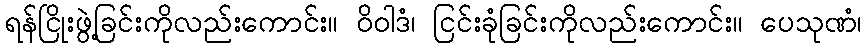
ရန်ငြိုးဖွဲ့ခြင်းကိုလည်းကောင်း။ ဝိဝါဒံ၊ ငြင်းခုံခြင်းကိုလည်းကောင်း။ ပေသုဏံ၊